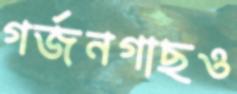
গর্জনগাছও